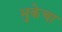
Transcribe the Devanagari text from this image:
भुकेचा